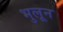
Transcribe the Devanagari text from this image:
भुलून